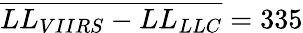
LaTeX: \overline{{LL_{VIIRS}-LL_{LLC}}}=335